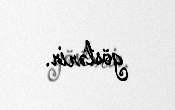
göstərir.